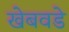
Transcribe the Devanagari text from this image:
खेबवडे